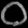
Digit: ၀